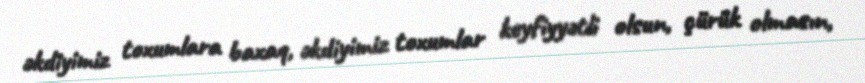
əkdiyimiz toxumlara baxaq, əkdiyimiz toxumlar keyfiyyətli olsun, çürük olmasın,